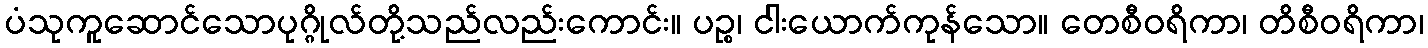
ပံသုကူဆောင်သောပုဂ္ဂိုလ်တို့သည်လည်းကောင်း။ ပဉ္စ၊ ငါးယောက်ကုန်သော။ တေစီဝရိကာ၊ တိစီဝရိကာ၊